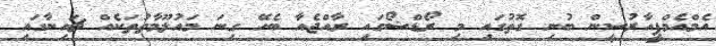
އެމްއެމްޕީއާރުސީން ބުނި ގޮތުގައި މި ރޯޑްޝޯގައި ރާއްޖެއާ ބެހޭ ގިނަ މައުލޫމާތުތަކެއް ޗައިނާގައި